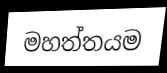
මහත්තයම